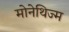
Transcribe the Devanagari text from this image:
मोनेथिज्म